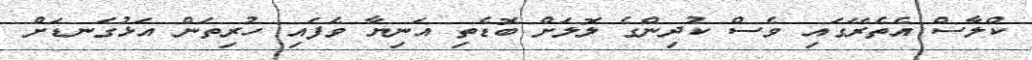
ކްލާސް އެތެރޭގައި ވެސް ކުދިންގެ ލޮލަށް ބޮޑެތި އަނިޔާ ވެފައި ހުރިތަން އަޅުގަނޑަށް